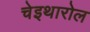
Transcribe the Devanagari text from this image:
चेइथारोल